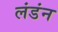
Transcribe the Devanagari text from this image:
लंडंन